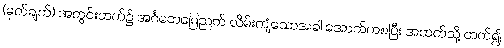
(မှတ်ချက်) အတွင်းဘက်၌ အင်္ဂတေမြေညက် လိမ်းကျံသောအခါ အောက်ကစပြီး အထက်သို့ တက်၍